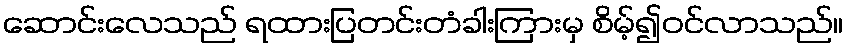
ဆောင်းလေသည် ရထားပြတင်းတံခါးကြားမှ စိမ့်၍ဝင်လာသည်။